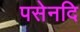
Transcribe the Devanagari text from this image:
पसेनदि